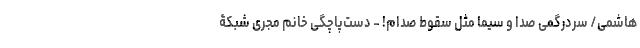
هاشمی/ سردرگمی صدا و سیما مثل سقوط صدام! - دست‌پاچگی خانم مجری شبکۀ